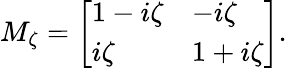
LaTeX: M_{\zeta}=\left[\begin{array}{ll}{1-i\zeta}&{-i\zeta}\\ {i\zeta}&{1+i\zeta}\end{array}\right].